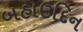
બહાઉદિન